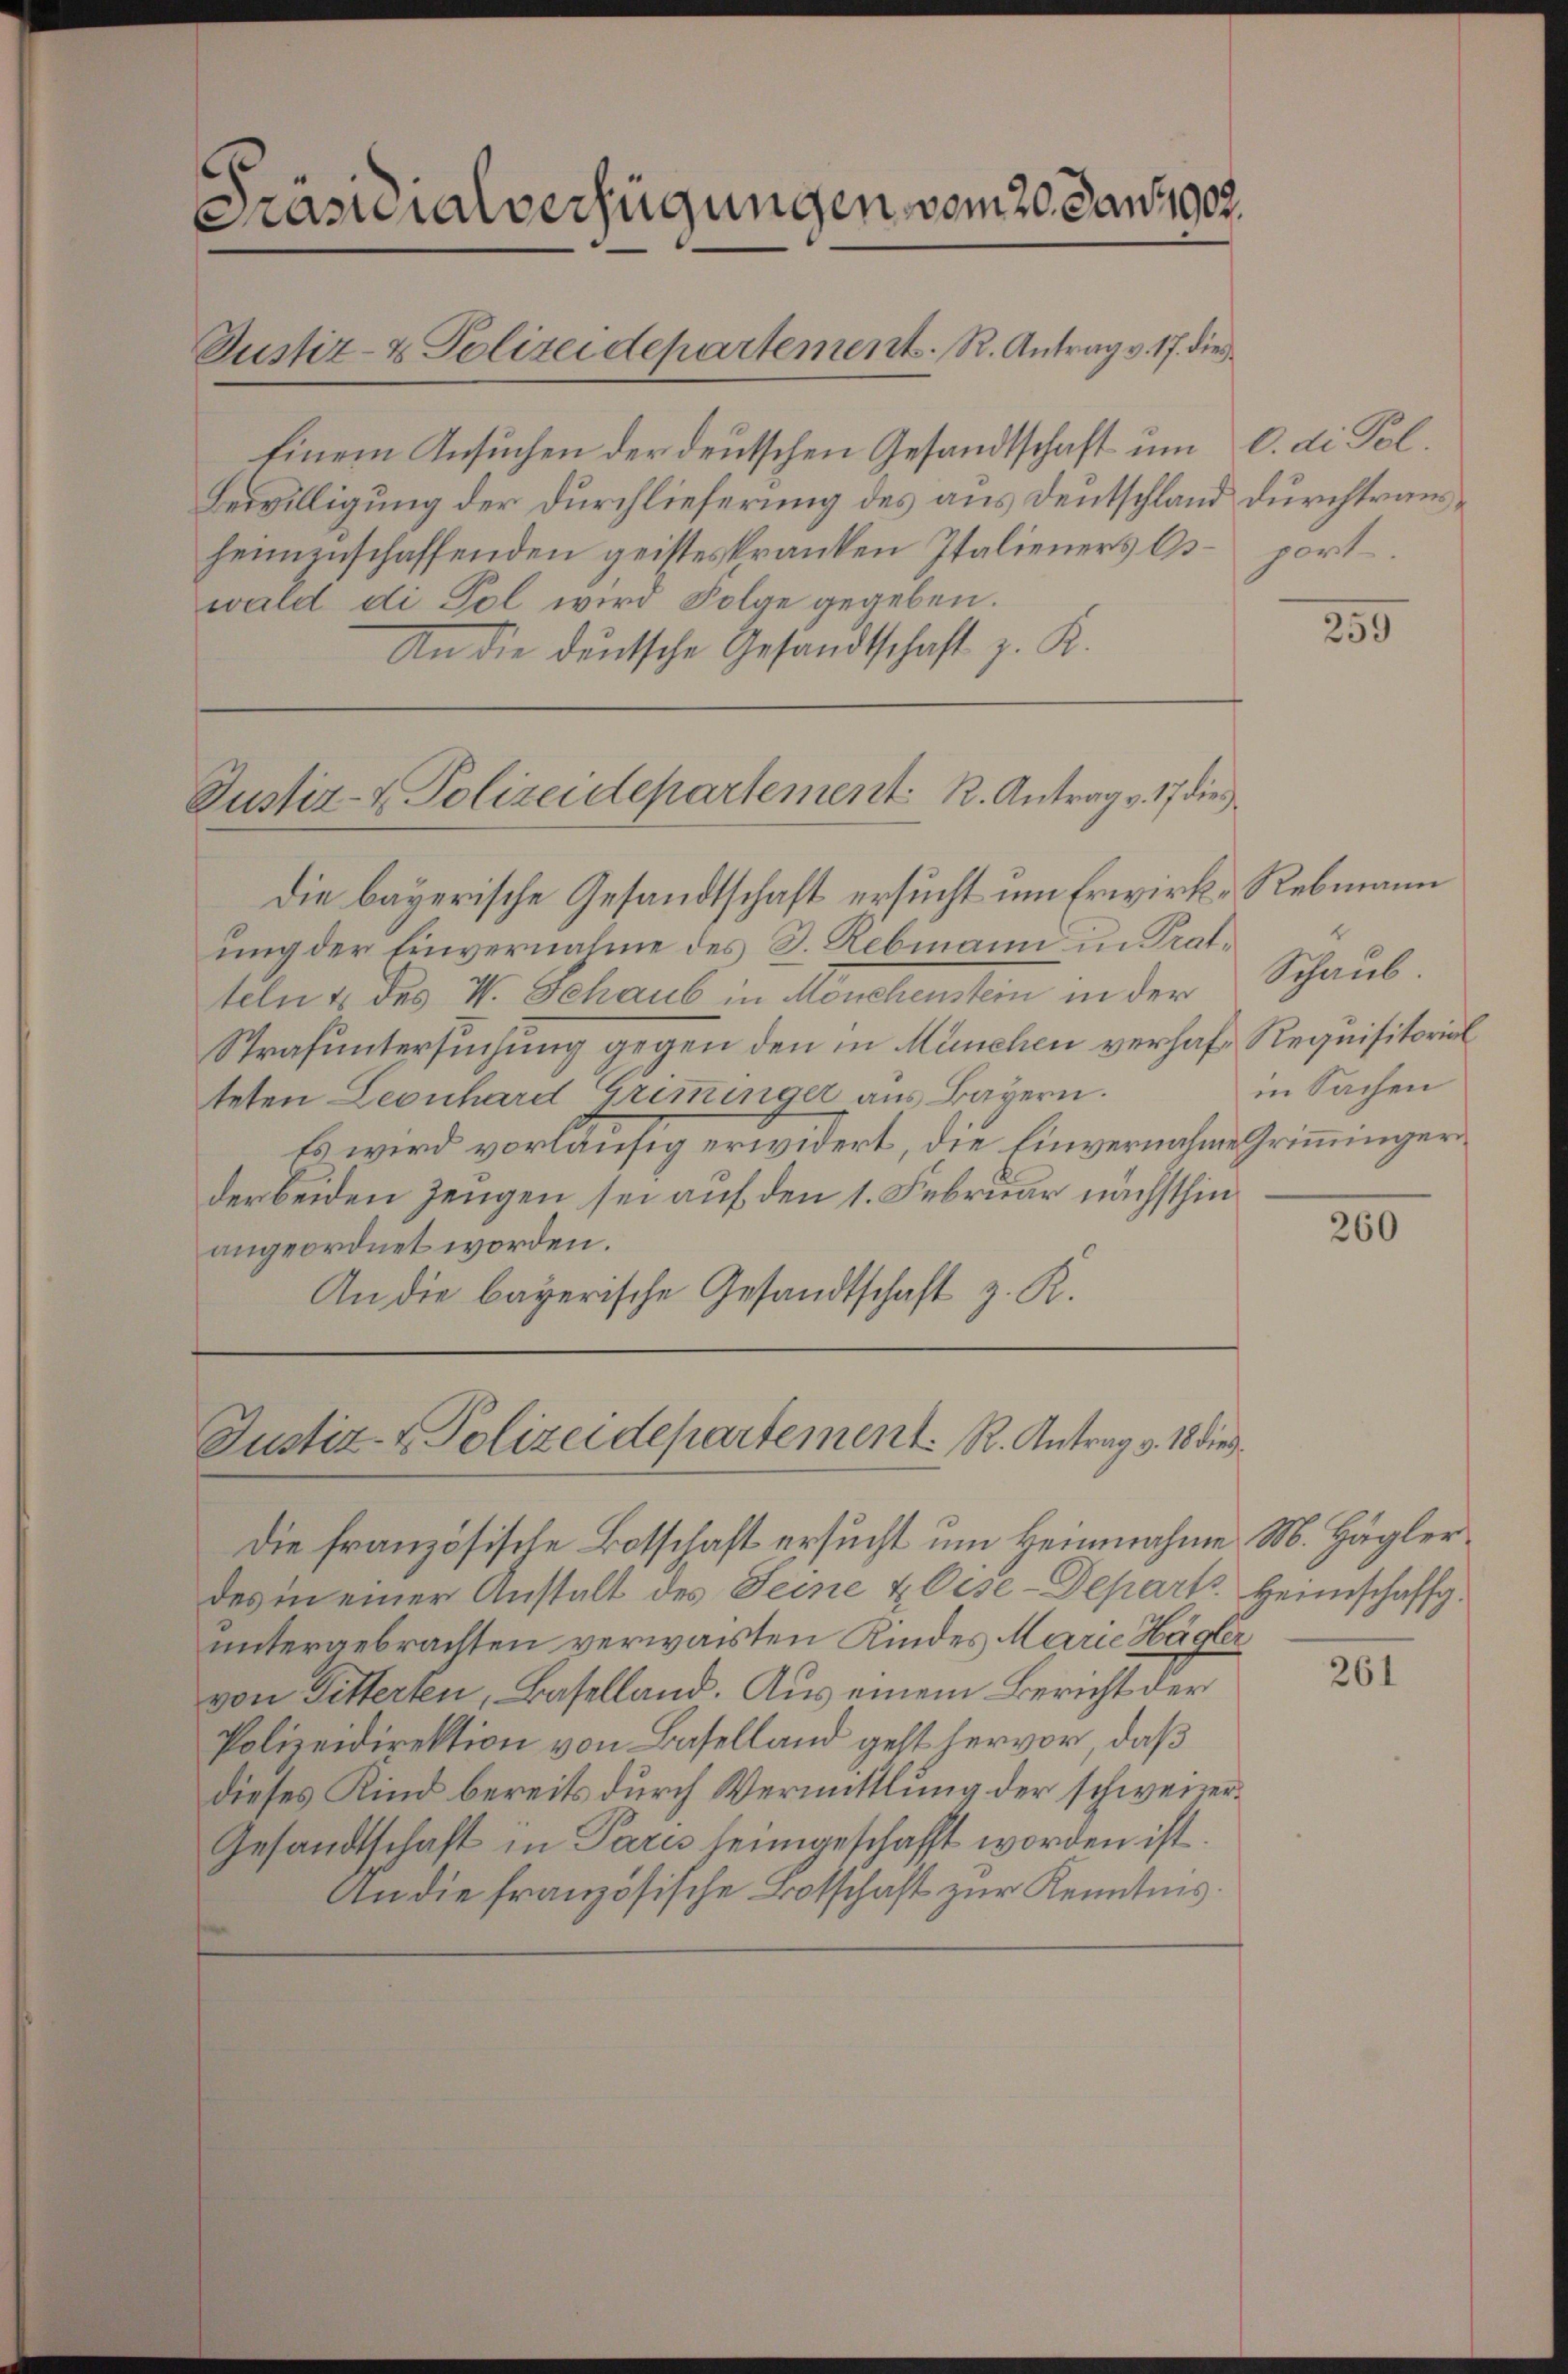
Prasteralverfügungen vom 20. Jan. 1902.
Justiz- & Polizeidepartement. R. Antrag v. 17. die

Einem Ansuchen der deutschen Gesandtschaft um d. di Pol¬
Bewilligung der Durchlieferung des aus Deutschland durchtrausheimzuschaffenden geisteskranken Italieners Csport
wald di Pol wird Folge gegeben.
An die deutsche Gesandtschaft z. K.

Justiz- & Polizeidepartement K. Antrag v. 17 dies

Die bayerische Gesandtschaft ersucht um Erwirk-Rebmann
ung der Einvernahme des D. Rebmann in Tratteln 4 des V. Schaub in Mönchenstem in der Schaub¬
Strafuntersuchung gegen den in München verhaft Requisitorial
teten Leonhard Grimminger aus Bayern.
Es wird vorläufig erwidert, die Einvernahme Grimmingerder beiden Zeugen sei auf den 1. Februar nächsthin
angeordnet worden.
An die bayerische Gesandtschaft z. R.

Justiz- & Polizeidepartement. R. Antrag v. 18 dies

Die französische Botschaft ersucht um Heinnahme M. Hägler
des in einer Anstalt des Seine & Cise-Depart Heimschaffg.
untergebrachten verwarten Kindes Marie Hägler
von Fitterten, Baselland. Aus einem Bericht der
Polizeidirektion von Baselland geht hervor, daß
dieses Kind bereits durch Vermittlung der schweizer¬
Gesandtschaft in Paris heimgeschafft worden ist.
An die französische Botschaft zur Kenntnis.

259

in Sachen

260

261